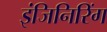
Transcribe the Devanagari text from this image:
इंजिनिरिंग